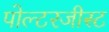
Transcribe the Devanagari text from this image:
पोल्टरजीस्ट